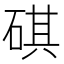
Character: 䃆